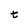
Character: t